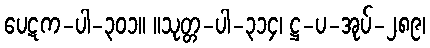
ပေဋက-ပါ-၃၀၁။ ။သုတ္တ-ပါ-၃၁၄၊ ဋ္ဌ-ပ-အုပ်-၂၈၉၊